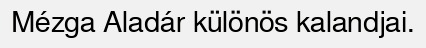
Mézga Aladár különös kalandjai.